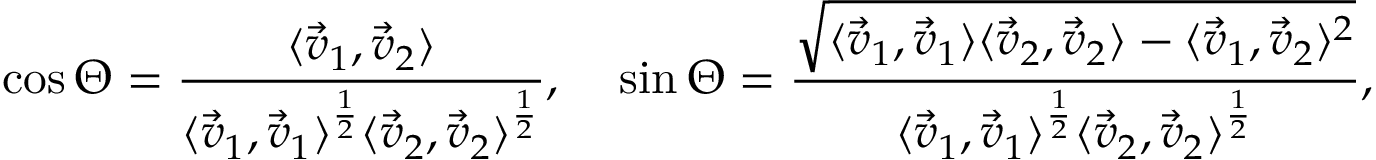
\cos \Theta = \frac { \langle \vec { v } _ { 1 } , \vec { v } _ { 2 } \rangle } { \langle \vec { v } _ { 1 } , \vec { v } _ { 1 } \rangle ^ { \frac { 1 } { 2 } } \langle \vec { v } _ { 2 } , \vec { v } _ { 2 } \rangle ^ { \frac { 1 } { 2 } } } , \; \; \; \; \sin \Theta = \frac { \sqrt { \langle \vec { v } _ { 1 } , \vec { v } _ { 1 } \rangle \langle \vec { v } _ { 2 } , \vec { v } _ { 2 } \rangle - \langle \vec { v } _ { 1 } , \vec { v } _ { 2 } \rangle ^ { 2 } } } { \langle \vec { v } _ { 1 } , \vec { v } _ { 1 } \rangle ^ { \frac { 1 } { 2 } } \langle \vec { v } _ { 2 } , \vec { v } _ { 2 } \rangle ^ { \frac { 1 } { 2 } } } ,